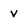
Character: v